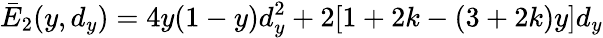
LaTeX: \bar{E}_{2}(y,d_{y})=4y(1-y)d_{y}^{2}+2[1+2k-(3+2k)y]d_{y}